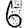
Digit: 6